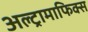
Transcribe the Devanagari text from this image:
अल्ट्रामाफिक्स